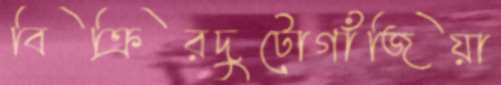
বিক্রিরদুটোগাঁজিয়া